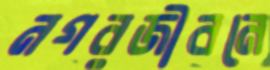
নগরজীবনে